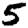
Digit: 5